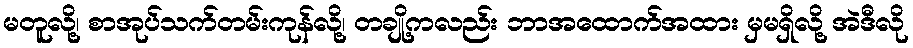
မတူလို့၊ စာအုပ်သက်တမ်းကုန်လို့၊ တချို့ကလည်း ဘာအထောက်အထား မှမရှိလို့ အဲဒီလို